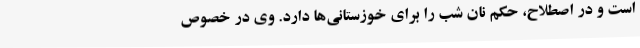
است و در اصطلاح، حکم نان شب را برای خوزستانی‌ها دارد. وی در خصوص